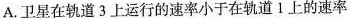
A.卫星在轨道3上运行的速率小于在轨道1上的速率